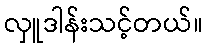
လှူဒါန်းသင့်တယ်။